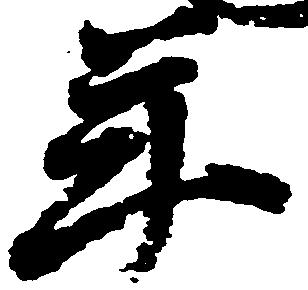
年